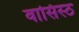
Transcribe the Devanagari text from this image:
वासिस्ठ